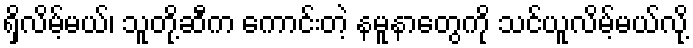
ရှိလိမ့်မယ်၊ သူတို့ဆီက ကောင်းတဲ့ နမူနာတွေကို သင်ယူလိမ့်မယ်လို့